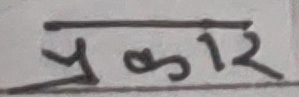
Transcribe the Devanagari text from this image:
प्रकार